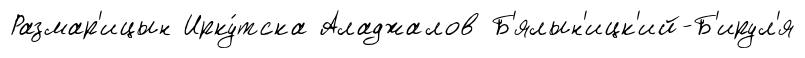
Размар'ицын Ирку́тска Аладжалов Б'ялын'ицк'ий-Б'ирул'я